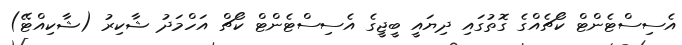
އެސިސްޓެންޓް ކޯޗެއްގެ ގޮތުގައި ދިޔައީ ބީޖީގެ އެސިސްޓެންޓް ކޯޗް އަހްމަދު ޝާކިރު (ޝާކިއްޓޭ)